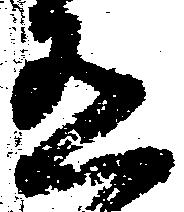
有